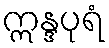
ဣန္ဒပုရံ